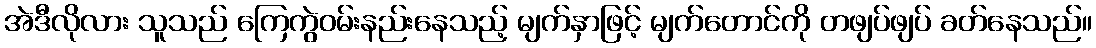
အဲဒီလိုလား သူသည် ကြေကွဲဝမ်းနည်းနေသည့် မျက်နှာဖြင့် မျက်တောင်ကို တဖျပ်ဖျပ် ခတ်နေသည်။